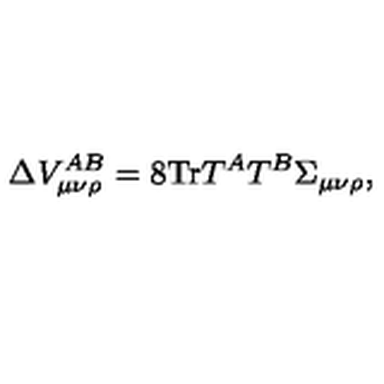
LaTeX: \Delta V _ { \mu \nu \rho } ^ { A B } = 8 \mathrm { T r } T ^ { A } T ^ { B } \Sigma _ { \mu \nu \rho } ,